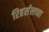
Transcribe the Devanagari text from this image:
रिहर्सलच्या